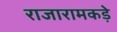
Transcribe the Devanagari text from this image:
राजारामकड़े